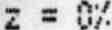
Z = 0%